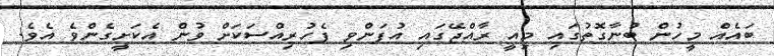
ބައެއް މީހުން ބުނާގޮތުގައި މިއީ ރާއްޖޭގައި އުފަންވި ފެހުރިއްސަކަށް ވުން އެކަށީގެންވެ އެވެ.